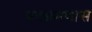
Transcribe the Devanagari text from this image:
पदभ्रमणास